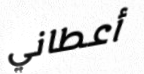
أعطاني